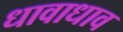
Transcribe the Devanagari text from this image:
धावाधाव